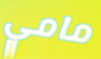
مامي